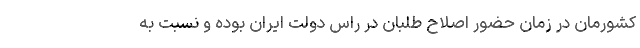
كشورمان در زمان حضور اصلاح طلبان در راس دولت ايران بوده و نسبت به